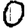
Digit: 0